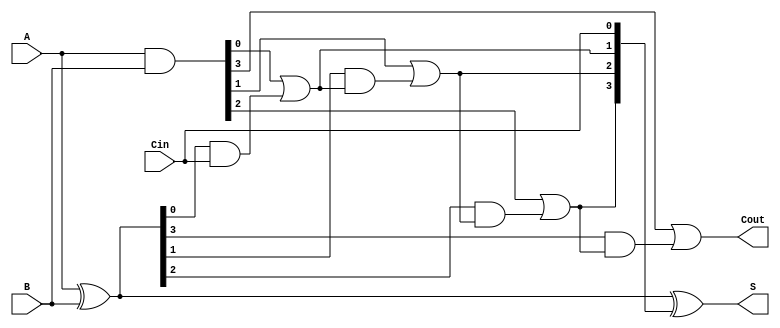
module CarryInLookaheadAdder #(parameter n = 4) (
    input [n-1:0] A,      // First n-bit input
    input [n-1:0] B,      // Second n-bit input
    input Cin,            // Carry-in input
    output [n-1:0] S,     // n-bit sum output
    output Cout           // Carry-out output
);

    // Generate and Propagate signals
    wire [n-1:0] G; // Generate signals
    wire [n-1:0] P; // Propagate signals
    wire [n:0] C;   // Carry signals

    // Generate and Propagate logic
    assign G = A & B;          // G[i] = A[i] AND B[i]
    assign P = A ^ B;          // P[i] = A[i] XOR B[i]

    // Carry signals calculation
    assign C[0] = Cin;         // C[0] = Cin
    genvar i;
    generate
        for (i = 0; i < n; i = i + 1) begin : carry_logic
            if (i == 0) begin
                assign C[i + 1] = G[i] | (P[i] & C[i]); // C[1] = G[0] OR (P[0] AND C[0])
            end else begin
                assign C[i + 1] = G[i] | (P[i] & C[i]); // C[i + 1] = G[i] OR (P[i] AND C[i])
            end
        end
    endgenerate

    // Sum calculation
    assign S = P ^ C[n-1:0]; // S[i] = P[i] XOR C[i]

    // Carry-out signal
    assign Cout = C[n];      // Cout = C[n]

endmodule